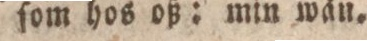
ſom hos oß: min wän.